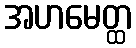
အဟမေတ္ထ